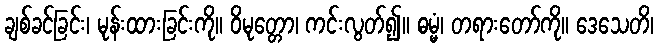
ချစ်ခင်ခြင်း၊ မုန်းထားခြင်းကို။ ဝိမုတ္တော၊ ကင်းလွတ်၍။ ဓမ္မံ၊ တရားတော်ကို။ ဒေသေတိ၊